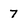
Character: 7